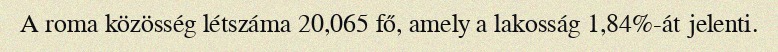
A roma közösség létszáma 20,065 fő, amely a lakosság 1,84%-át jelenti.